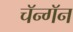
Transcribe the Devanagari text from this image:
चॅन्गॅन